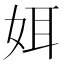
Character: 㛅